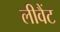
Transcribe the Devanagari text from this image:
लीवैंट